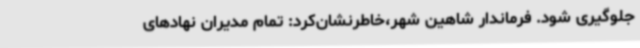
جلوگیری شود. فرماندار شاهین شهر،خاطرنشان‌کرد: تمام مدیران نهادهای